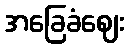
အခြေခံဈေး